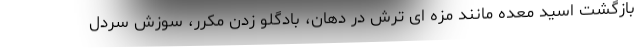
بازگشت اسید معده مانند مزه ای ترش در دهان، بادگلو زدن مکرر، سوزش سردل